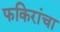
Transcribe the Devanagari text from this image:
फकिरांचा